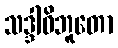
သဒ္ဒါဓိဘူတော